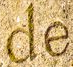
de